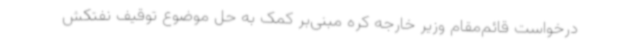
درخواست قائم‌مقام وزیر خارجه کره مبنی‌بر کمک به حل موضوع توقیف نفتکش